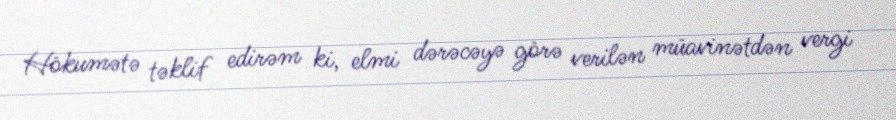
Hökumətə təklif edirəm ki, elmi dərəcəyə görə verilən müavinətdən vergi